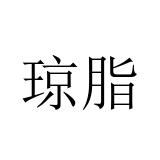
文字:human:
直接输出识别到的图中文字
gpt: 琼脂